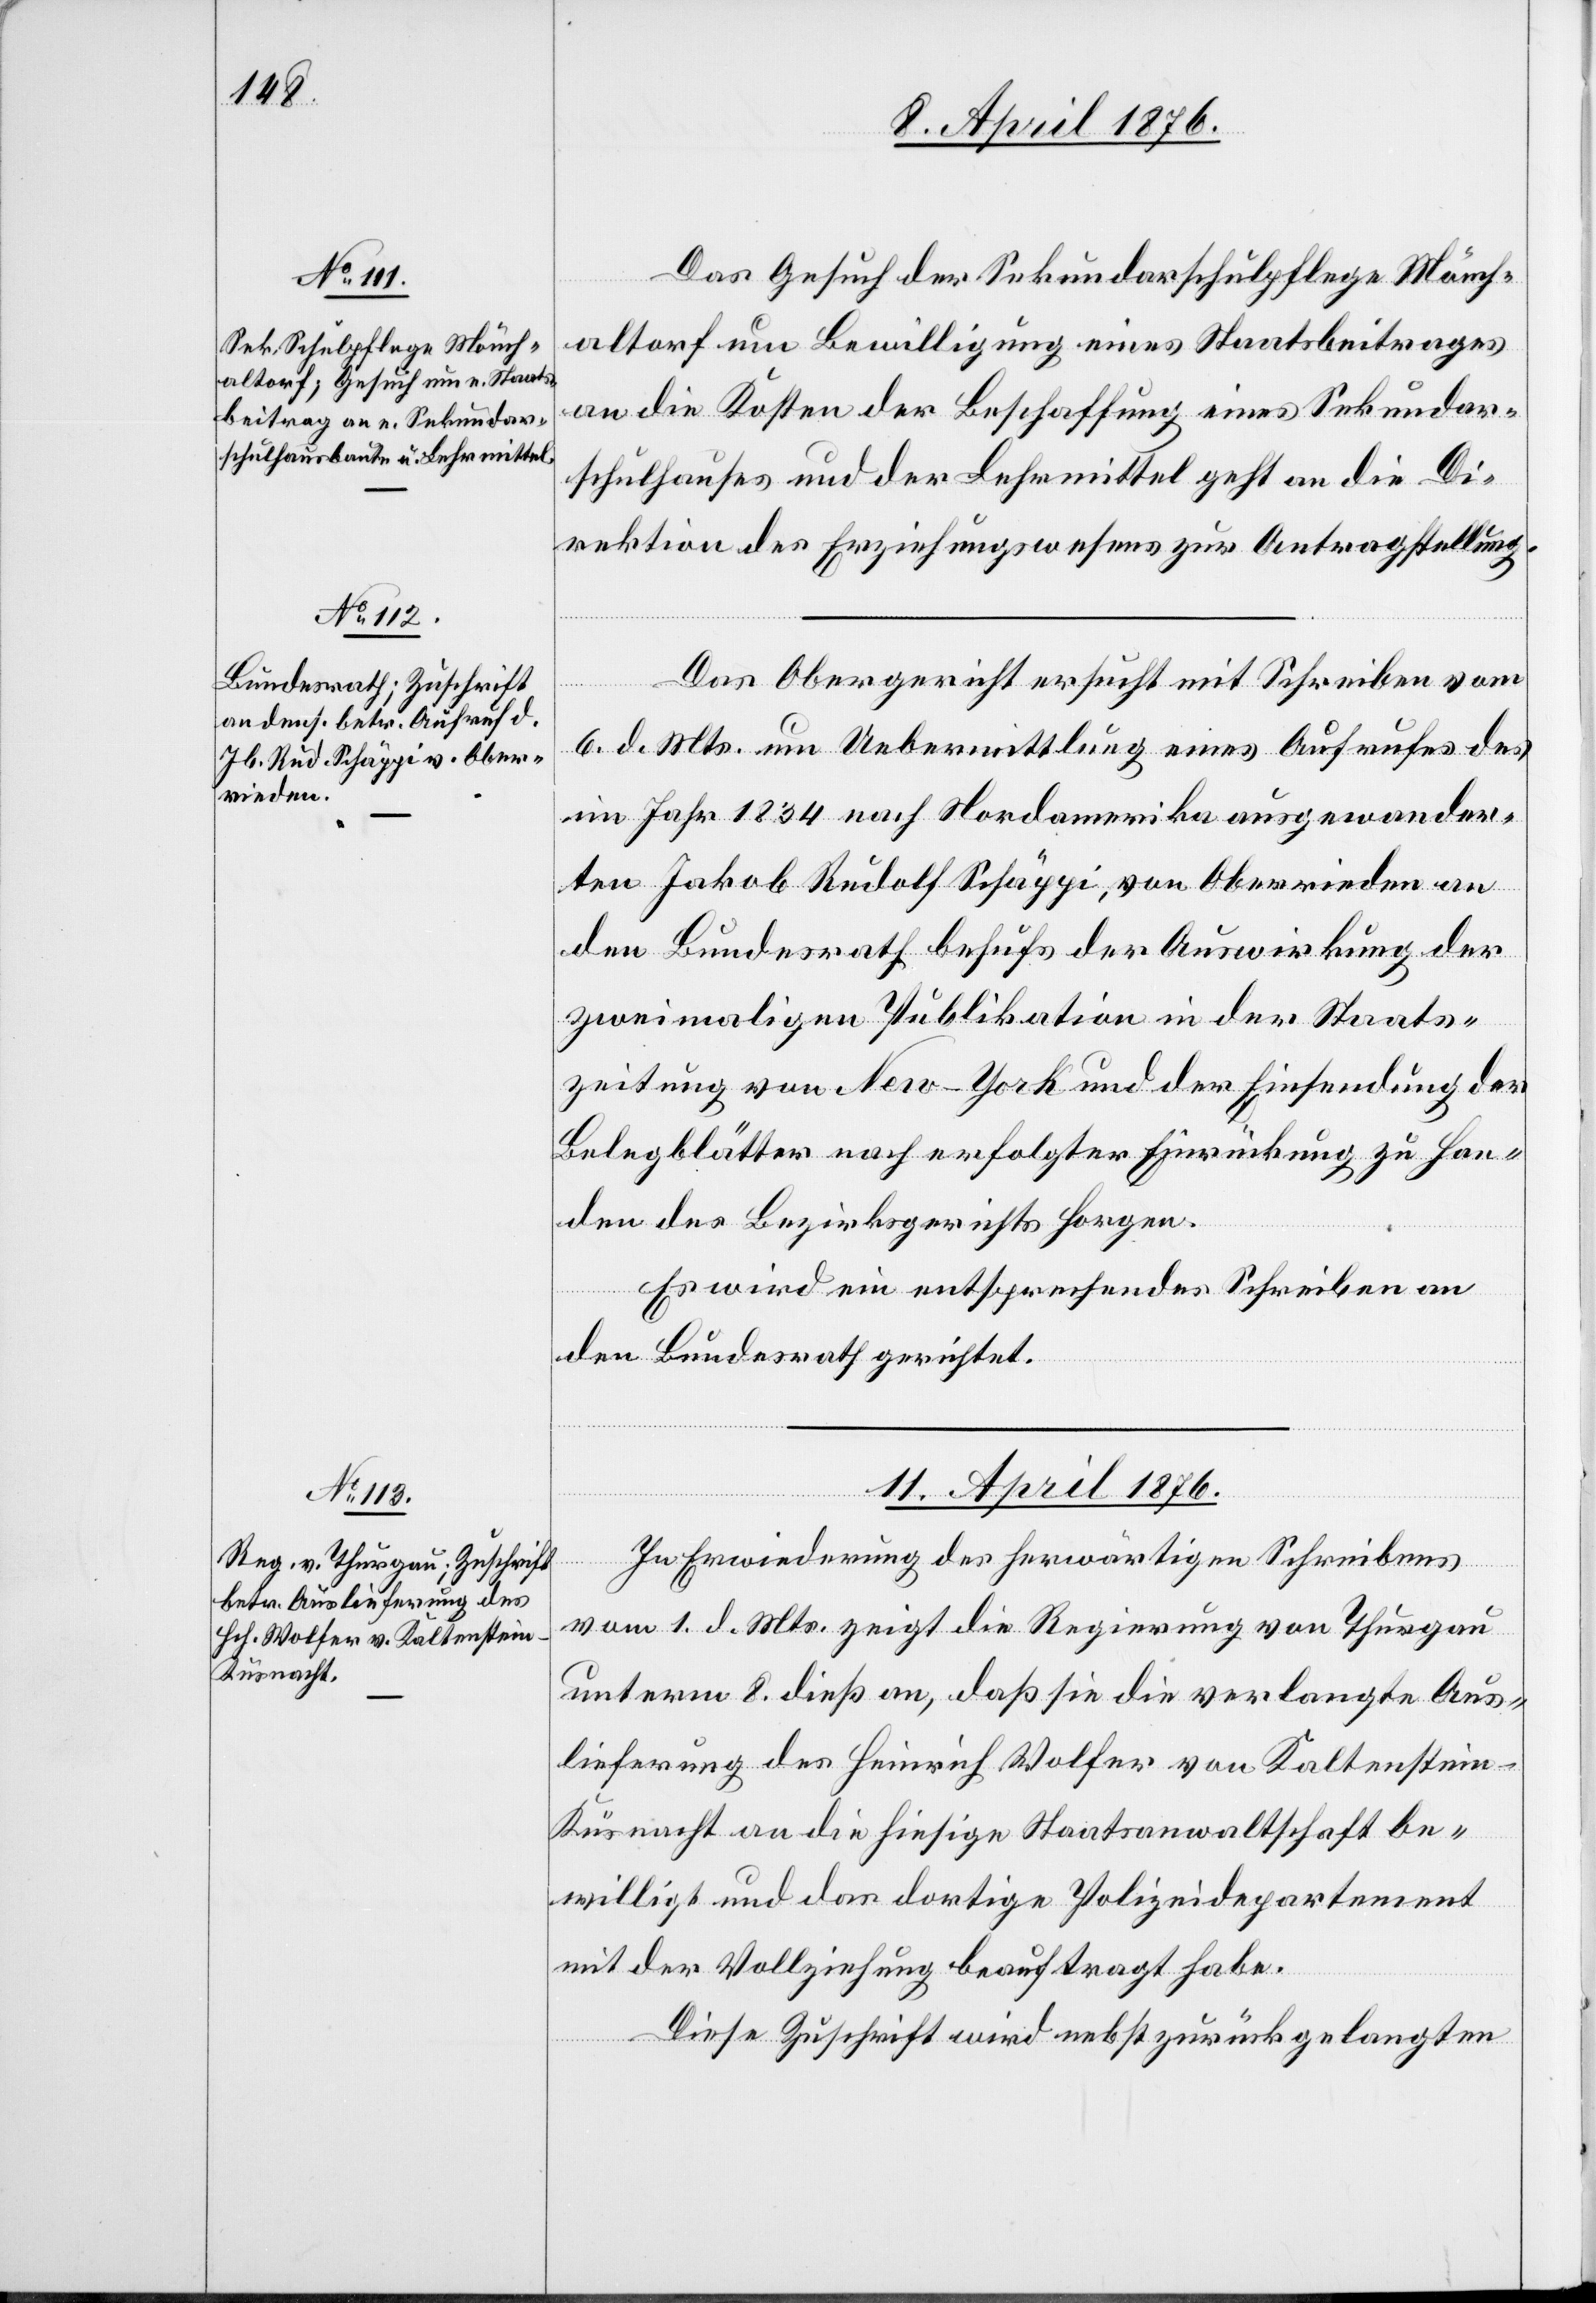
8. April 1876.]
Das Gesuch der Sekundarschulpflege Mönch¬
altorf um Bewilligung eines Staatsbeitrages
an die Kosten der Beschaffung eines Sekundar¬
schulhauses und der Lehrmittel geht an die Di¬
rektion des Erziehungswesens zur Antragstellung.
Das Obergericht ersucht mit Schreiben vom
6. d. Mts. um Uebermittlung eines Aufrufes des
im Jahr 1834 nach Nordamerika ausgewander¬
ten Jakob Rudolf Schäppi, von Oberrieden an
den Bundesrath behufs der Auswirkung der
zweimaligen Publikation in der Staats¬
zeitung von New-York und der Einsendung der
Belegblätter nach erfolgter Einrückung zu Han¬
den des Bezirksgerichts Horgen.
Es wird ein entsprechendes Schreiben an
den Bundesrath gerichtet.
11. April 1876.
In Erwiederung des herwärtigen Schreibens
vom 1. d. Mts. zeigt die Regierung von Thurgau
unterm 8. dieß an, daß sie die verlangte Aus¬
lieferung des Heinrich Wolfer von Kaltenstei¬
n-K¬
üsnacht an die hiesige Staatsanwaltschaft be¬
willigt und das dortige Polizeidepartement
mit der Vollziehung beauftragt habe.
Diese Zuschrift wird nebst zurückgelegten